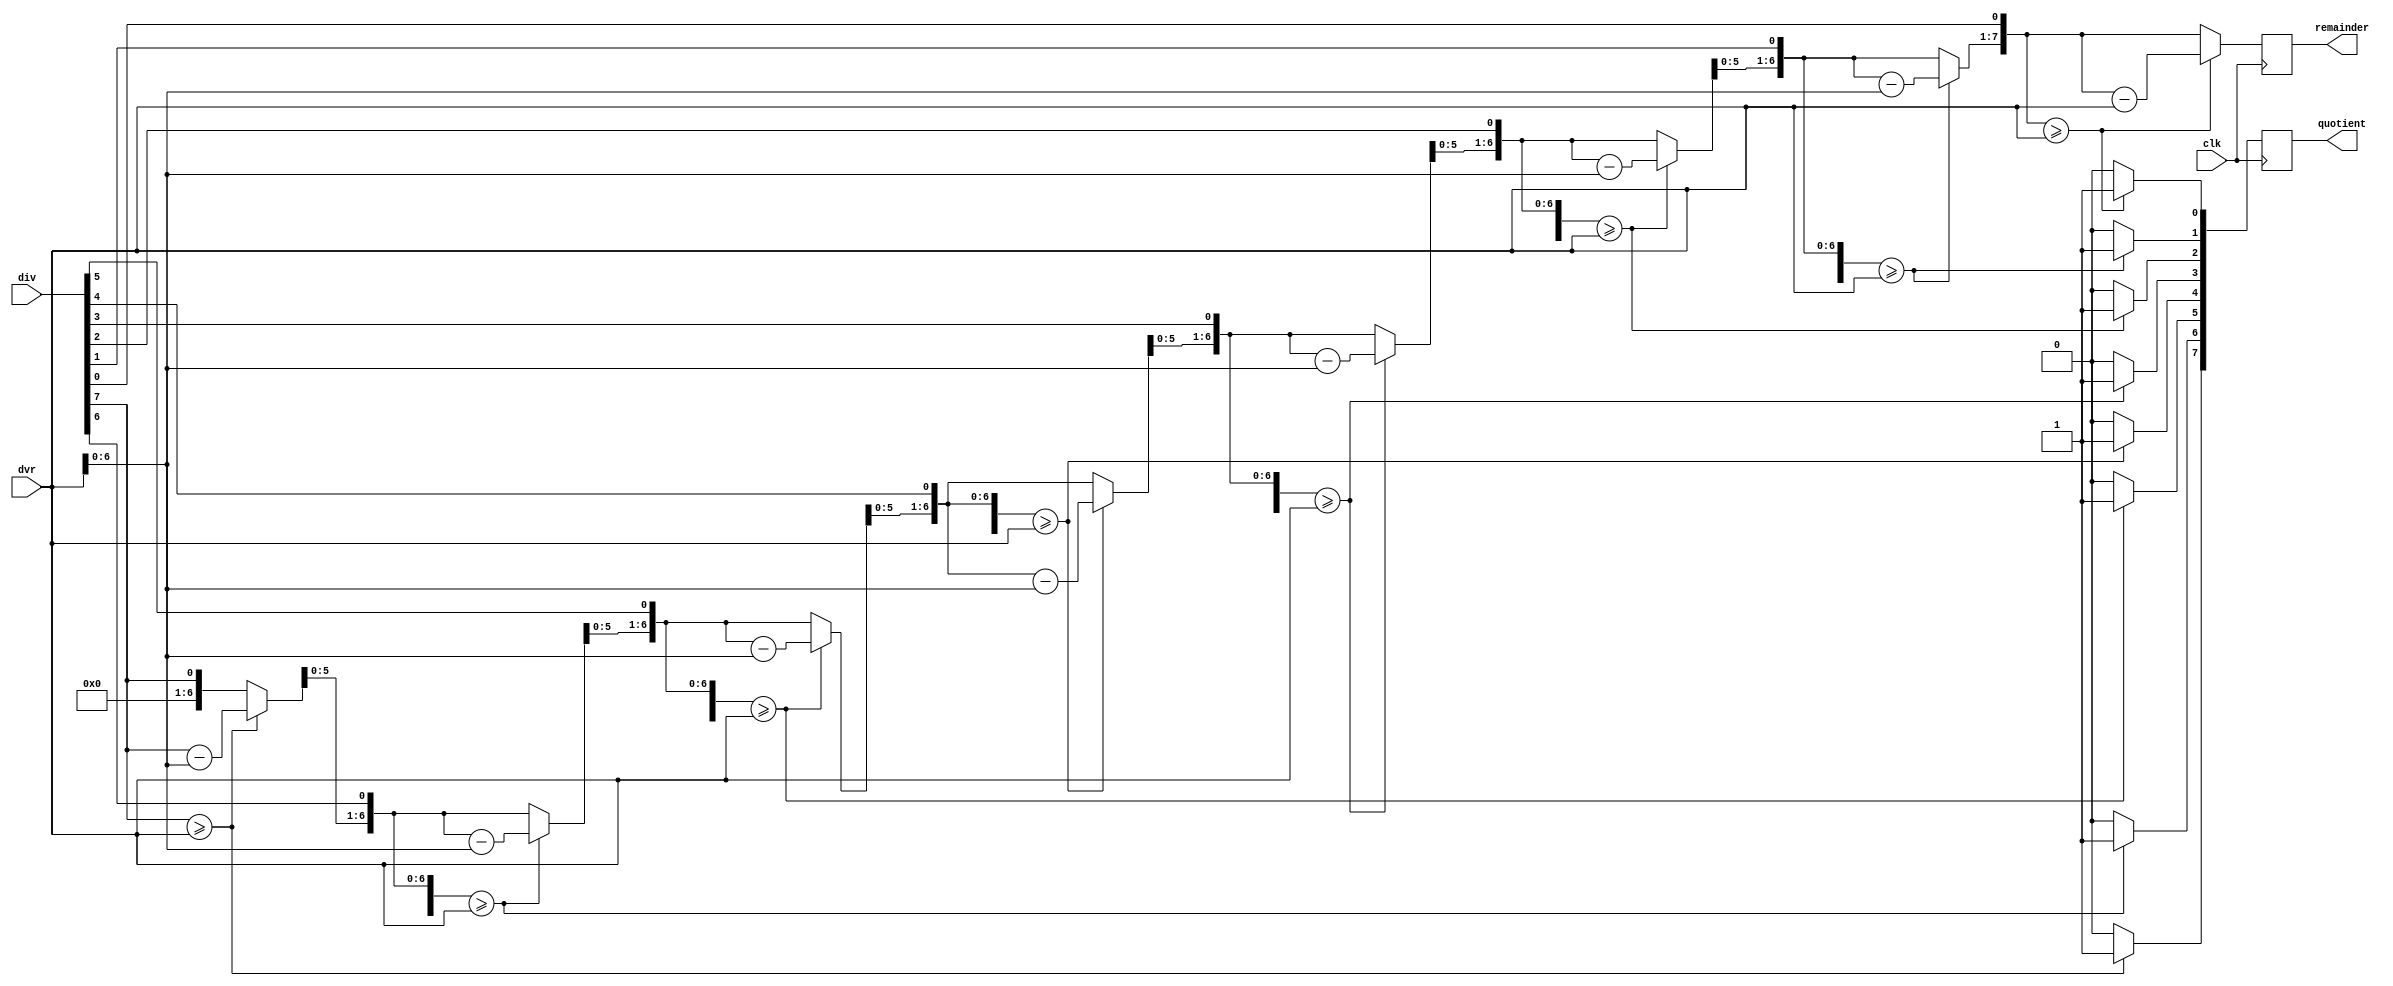
`timescale 1ns / 1ps
//////////////////////////////////////////////////////////////////////////////////
// Company: 
// Engineer: 
// 
// Design Name: 
// Module Name:    divider 
// Project Name: 
// Target Devices: 
// Tool versions: 
// Description: 
//
// Dependencies: 
//
// Revision: 
// Revision 0.01 - File Created
// Additional Comments: 
//
//////////////////////////////////////////////////////////////////////////////////
module divider(

    input [7:0] div, // dividend  switch [15:8]
    input [7:0] dvr, // divisor  switch [7:0]
	input clk,
	 
    output [7:0] quotient, // quotient
    output [7:0] remainder // remainder
	 
    );

integer i;
//reg [7:0] r_d_diff;
reg [7:0] diff; // remainder - divisor diff result 
//reg [8:0] c0;

reg [7:0] qu;// quotient
reg [7:0] rem;// remainder


always @(posedge clk) begin

//c0[0] = 1'b1;
rem [7:0] = 8'b0; // assign reminader to all zeros initially
qu [7:0] = div[7:0]; // place dividend in Quotient

for (i=0;i<=7;i=i+1) begin
//repeat (8) 

rem = rem<<1;// first iteration shift
rem[0] = qu[7];// first iteration shift
qu = qu<<1;// first iteration shift
qu[0] = 1'b0;// first iteration shift

 if ( rem >= dvr) begin
	
rem = rem-dvr;
qu[0] = 1'b1;

						end

	
			end
	
end 

assign remainder [7:0] = rem[7:0];
assign quotient [7:0] = qu[7:0];


endmodule